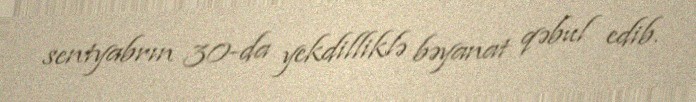
sentyabrın 30-da yekdilliklə bəyanat qəbul edib.